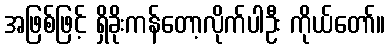
အဖြစ်ဖြင့် ရှိခိုးကန်တော့လိုက်ပါဦး ကိုယ်တော်။